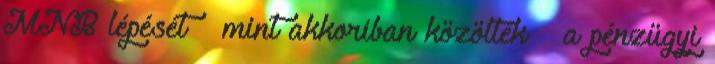
MNB lépését – mint akkoriban közölték – a pénzügyi